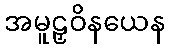
အမူဠှဝိနယေန